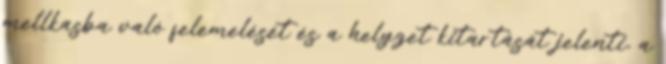
mellkasba való felemelését és a helyzet kitartását jelenti, a